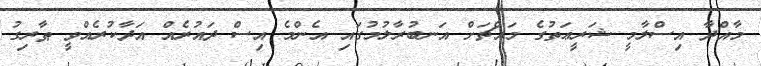
މާއްދާ އިސްލާމީ ޝަރީޢަތުގެ މައްޗަށް އަނބުރާލުމުގައި އެންމެ އިސް ދައުރެއް އަދާކުރެއްވީ ޠާރިގު